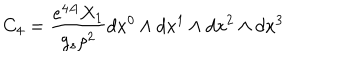
LaTeX: C _ { 4 } = { \frac { e ^ { 4 A } X _ { 1 } } { g _ { s } \rho ^ { 2 } } } d x ^ { 0 } \wedge d x ^ { 1 } \wedge d x ^ { 2 } \wedge d x ^ { 3 }